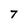
Character: T